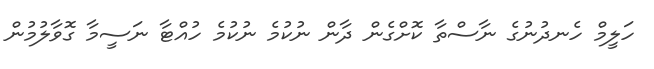
ހަލީމް ހެނދުނުގެ ނާސްތާ ކޮށްގެން ދާން ނުކުމެ ނުކުމެ ހުއްޓާ ނަސީމާ ގޮވާލުމުން